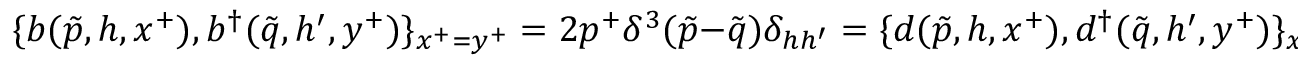
\{ b ( \tilde { p } , h , x ^ { + } ) , b ^ { \dagger } ( \tilde { q } , h ^ { \prime } , y ^ { + } ) \} _ { x ^ { + } = y ^ { + } } = 2 p ^ { + } \delta ^ { 3 } ( \tilde { p } - \tilde { q } ) \delta _ { h h ^ { \prime } } = \{ d ( \tilde { p } , h , x ^ { + } ) , d ^ { \dagger } ( \tilde { q } , h ^ { \prime } , y ^ { + } ) \} _ { x ^ { + } = y ^ { + } } ~ ~